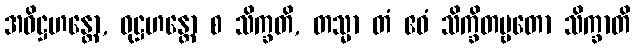
အဓိဋ္ဌဟန္တော, ဝုဋ္ဌဟန္တော စ သိက္ခတိ, တသ္မာ တံ ဧဝံ သိက္ခိတဗ္ဗတော သိက္ခာတိ